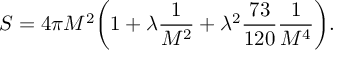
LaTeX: S = 4 \pi M ^ { 2 } \biggl ( 1 + \lambda \frac { 1 } { M ^ { 2 } } + \lambda ^ { 2 } \frac { 7 3 } { 1 2 0 } \frac { 1 } { M ^ { 4 } } \biggr ) .